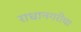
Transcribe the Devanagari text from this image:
राधानगरीचा